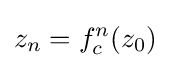
z_{n}=f_{c}^{n}(z_{0})